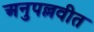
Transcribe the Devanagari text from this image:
अनुपल्लवीत